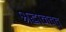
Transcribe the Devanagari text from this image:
श्रद्धानवत